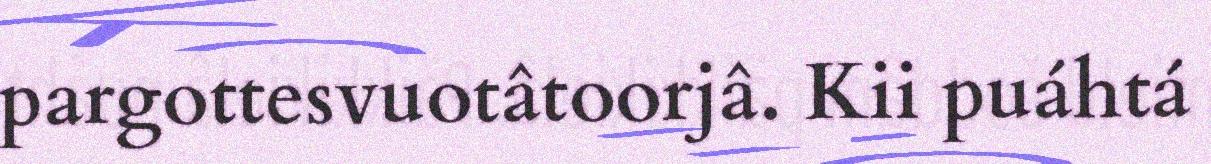
pargottesvuotâtoorjâ. Kii puáhtá